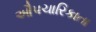
ઔપચારિકાતા